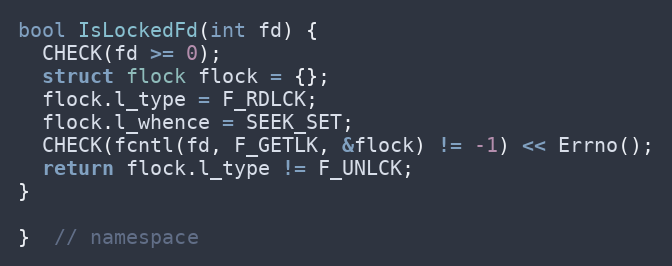
Language: C++
bool IsLockedFd(int fd) {
  CHECK(fd >= 0);
  struct flock flock = {};
  flock.l_type = F_RDLCK;
  flock.l_whence = SEEK_SET;
  CHECK(fcntl(fd, F_GETLK, &flock) != -1) << Errno();
  return flock.l_type != F_UNLCK;
}

}  // namespace